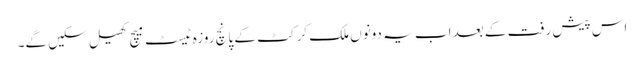
اس پیش رفت کے بعد اب یہ دونوں ملک کرکٹ کے پانچ روزہ ٹیسٹ میچ کھیل سکیں گے۔